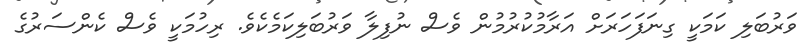
ވަރުބަލި ކަމަކީ ގިނަފަހަރަށް އަރާމުކުރުމުން ވެސް ނުފިލާ ވަރުބަލިކަމެކެވެ. ރިހުމަކީ ވެސް ކެންސަރުގެ